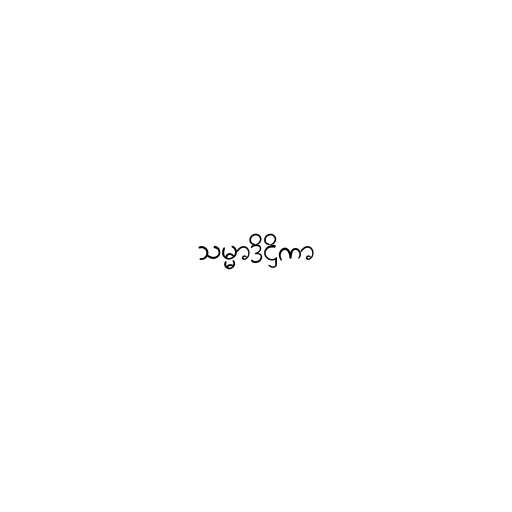
သမ္မာဒိဋ္ဌိကာ